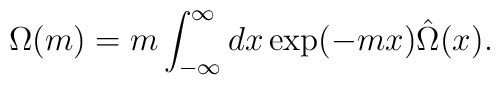
\Omega(m)=m\int^{\infty}_{-\infty}dx\exp(-m x)\hat\Omega(x).